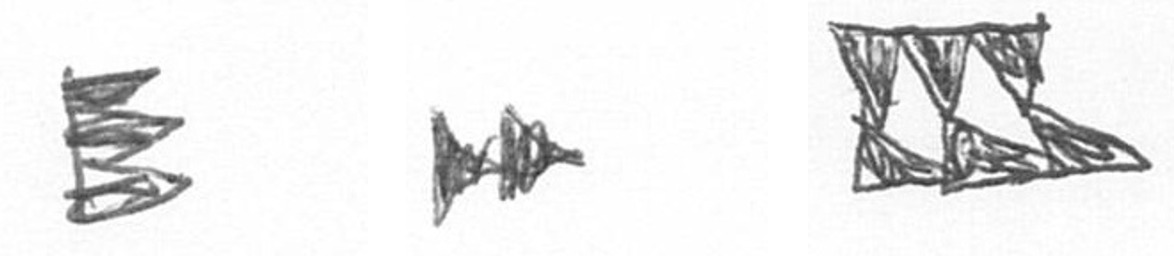
H A D